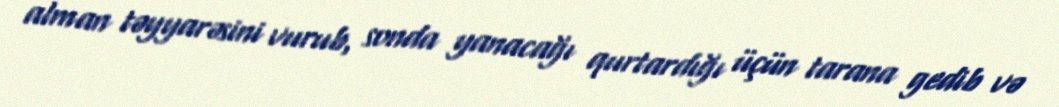
alman təyyarəsini vurub, sonda yanacağı qurtardığı üçün tarana gedib və